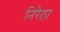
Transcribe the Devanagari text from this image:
निरैठा